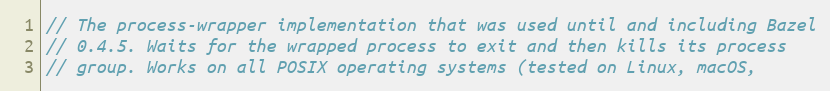
Language: C
// The process-wrapper implementation that was used until and including Bazel
// 0.4.5. Waits for the wrapped process to exit and then kills its process
// group. Works on all POSIX operating systems (tested on Linux, macOS,